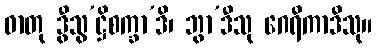
ဓာတု ဒွီသွ’ဋ္ဌိစက္ခာ’ဒိ၊ ဘွာ’ဒီသု ဂေရိကာဒိသု။